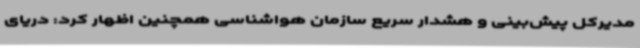
مدیرکل پیش‌بینی و هشدار سریع سازمان هواشناسی همچنین اظهار کرد: دریای